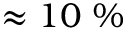
\approx 1 0 ~ \%